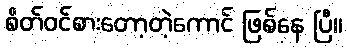
စိတ်ဝင်စားတော့တဲ့ကောင် ဖြစ်နေ ပြီ။